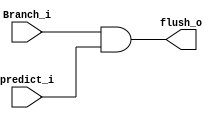
module Branch_Detection_Unit
(   
    predict_i,
    Branch_i,
    flush_o
);


input predict_i;
input Branch_i;
output flush_o;

reg flush_o;

always @(*) begin
    flush_o = Branch_i & predict_i;
end

endmodule